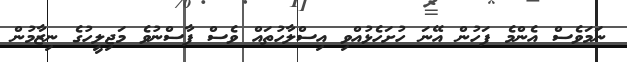
ނަމަވެސް އެންމެ ފަހުން އޭނަ ހުށަހެޅުއްވި އިސްލާހުތައް ވެސް ފާސްނުވެ މަޖިލީހުގެ ނިޒާމުން